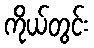
ကိုယ်တွင်း